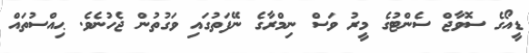
ޑީއޯގެ ސޮވާޖް ސެންޓުގެ މީރު ވަސް ނިމްރާގެ ނޭފަތުގައި ވަގުތުން ޖެހުނެވެ. ޙިއްސުތައް